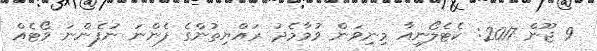
9 ޖޫން 2017: ކެޓެލޯނިއާ މިނިވަން ވުމާމެދު ރައްޔިތުންގެ ފެންނަ ނުފެންނަ ވޯޓެއް